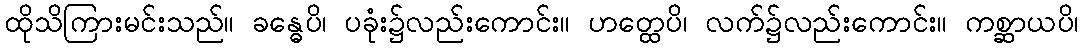
ထိုသိကြားမင်းသည်။ ခန္ဓေပိ၊ ပခုံး၌လည်းကောင်း။ ဟတ္ထေပိ၊ လက်၌လည်းကောင်း။ ကစ္ဆာယပိ၊